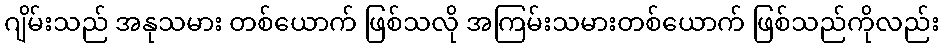
ဂျိမ်းသည် အနုသမား တစ်ယောက် ဖြစ်သလို အကြမ်းသမားတစ်ယောက် ဖြစ်သည်ကိုလည်း